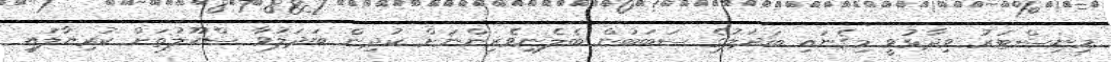
މިނިސްޓަރު ވިދާޅުވީ މިގެނައި ބަދަލުގެ ސަބަބުން ބެލެނިވެރިންނަށް ކުދިން ބަދަލުވާ ސްކޫލުތަށް ކުރިޔާލައި